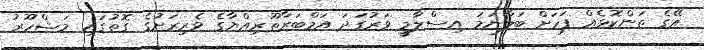
އޭގެ ތަންކޮޅެއް ފަހަށް ބަލާނަމަ އިސްލާމީ ވަރުގަދަ އަމްބަރާތޫރިއްޔާގެ ވެރިރަށުގެ ގޮތުގައި މަޝްހޫރު